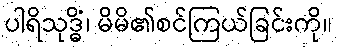
ပါရိသုဒ္ဓိံ၊ မိမိ၏စင်ကြယ်ခြင်းကို။